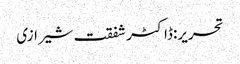
تحریر:ڈاکٹر شفقت شیرازی